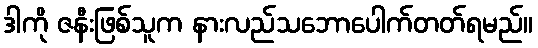
ဒါကို ဇနီးဖြစ်သူက နားလည်သဘောပေါက်တတ်ရမည်။